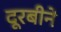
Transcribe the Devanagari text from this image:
दूरबीने